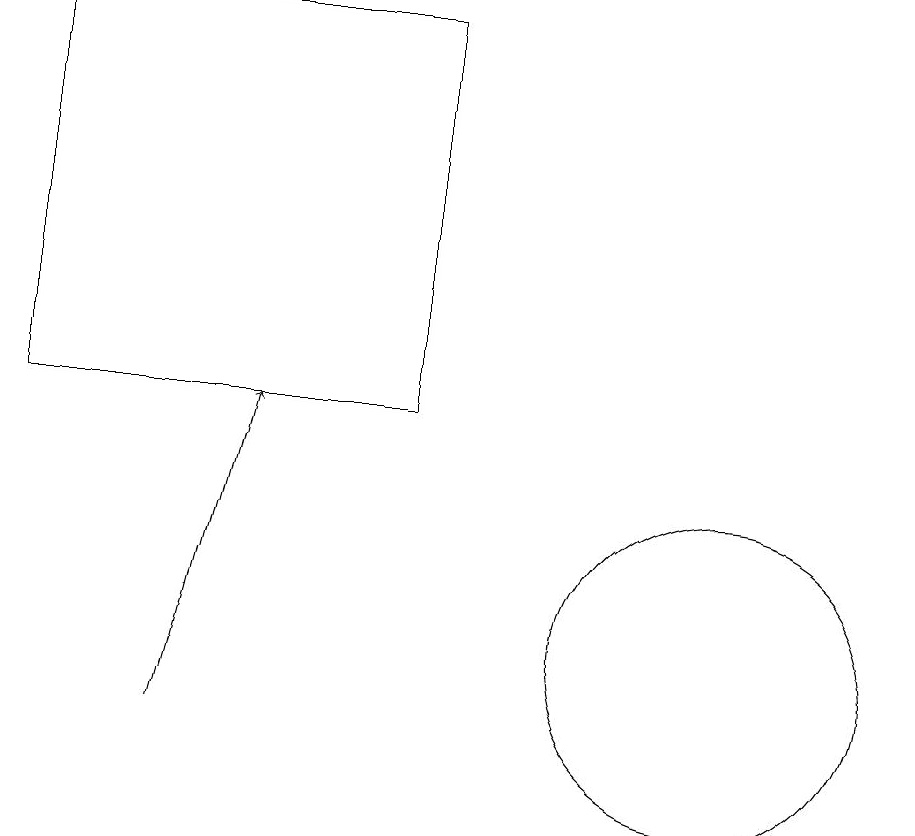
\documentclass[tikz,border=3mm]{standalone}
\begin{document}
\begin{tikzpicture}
\draw (7,14) rectangle (2,19);
\draw[->] (4,10) -- (5,14);
\draw (11,11) circle (2);
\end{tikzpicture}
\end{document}